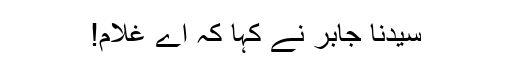
سیدنا جابرؓ نے کہا کہ اے غلام!